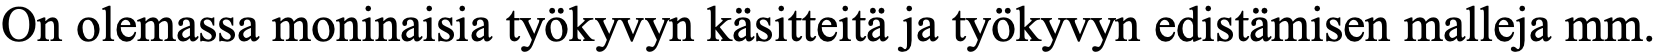
On olemassa moninaisia työkyvyn käsitteitä ja työkyvyn edistämisen malleja mm.